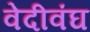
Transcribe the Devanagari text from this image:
वेदीवंघ